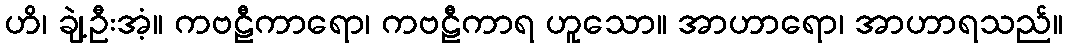
ဟိ၊ ချဲ့ဦးအံ့။ ကဗဠီကာရော၊ ကဗဠီကာရ ဟူသော။ အာဟာရော၊ အာဟာရသည်။